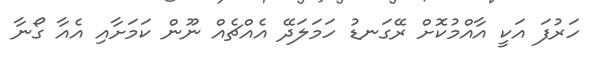
ހަރުފަ އަކީ އާއްމުކޮށް ރޭގަނޑު ހަމަލަދޭ އެއްޗެއް ނޫން ކަމަށާއި އެއާ ގޯނާ